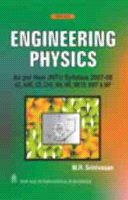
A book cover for Engineering Physics 2007-2008: As Per New JNTU Syllabus; M. R. Srinivasan; Science & Math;